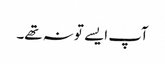
آپ ایسے تو نہ تھے۔